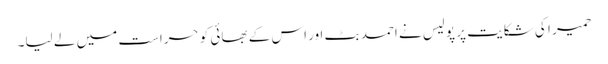
حمیر ا کی شکایت پر پولیس نے احمد بٹ اور اس کے بھائی کو حراست میں لے لیا۔